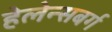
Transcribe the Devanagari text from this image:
हेलेन्सबर्ग